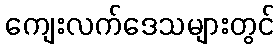
ကျေးလက်ဒေသများတွင်